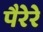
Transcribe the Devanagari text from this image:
पैरेरे